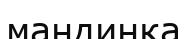
мандинка